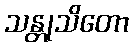
သန္တုသိတော